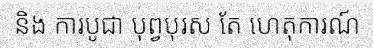
និង ការបូជា បុព្វបុរស តែ ហេតុការណ៍